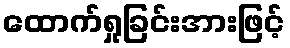
ထောက်ရှုခြင်းအားဖြင့်